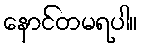
နောင်တမရပါ။